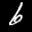
Label: 6